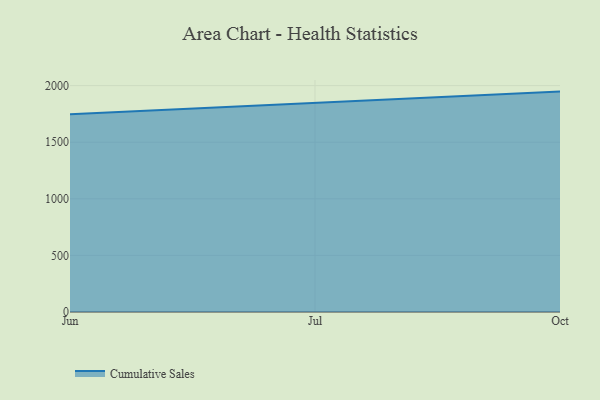
{"axis": {"x": "Month", "y": "Temperature (°C)"}, "legend": ["Cumulative Sales"], "data": [{"x": "Jun", "y": 1746.7, "type": "Cumulative Sales"}, {"x": "Jul", "y": 1848.9, "type": "Cumulative Sales"}, {"x": "Oct", "y": 1947.1, "type": "Cumulative Sales"}]}